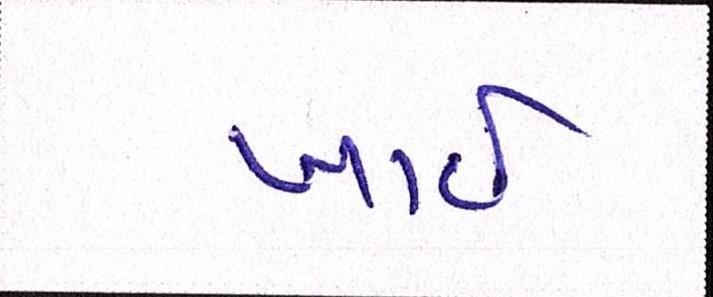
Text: ખાઈ